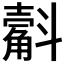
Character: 𣂍